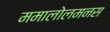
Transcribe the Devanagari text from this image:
ममालोलमनस